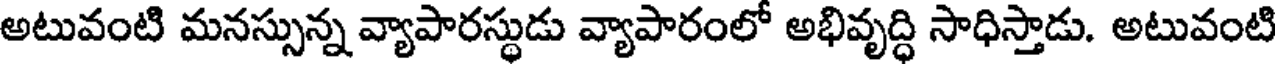
అటువంటి మనస్సున్న వ్యాపారస్థుడు వ్యాపారంలో అభివృద్ధి సాధిస్తాడు. అటువంటి